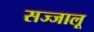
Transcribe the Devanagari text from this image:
सज्जालू